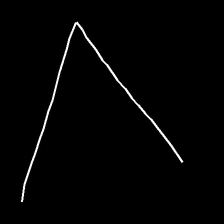
Glyph: region